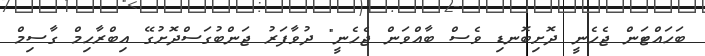
ބަހައްޓަން ޖެހެނީ ދޮށިބޮނޑި ވެސް ބާއްވަން ޖެހެނީ" ދުވާފަރު ޖަންބުގަސްދޮށުގޭ އިބްރާހިމް ގާސިމް